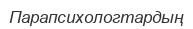
Парапсихологтардың